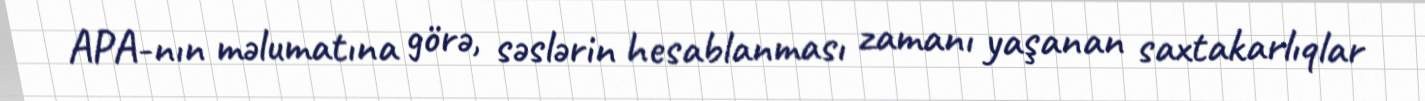
APA-nın məlumatına görə, səslərin hesablanması zamanı yaşanan saxtakarlıqlar